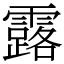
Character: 露